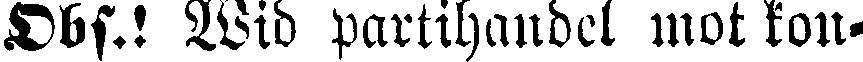
Obs.! Wid partihandel mot kon-